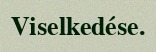
Viselkedése.